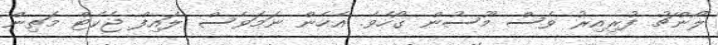
ލޯންޗު ފުރިއިރު ވެސް މޫސުން ގޯހެވެ. އެހެން ނަމަވެސް ލައިފް ޖެކެޓް މަތިން